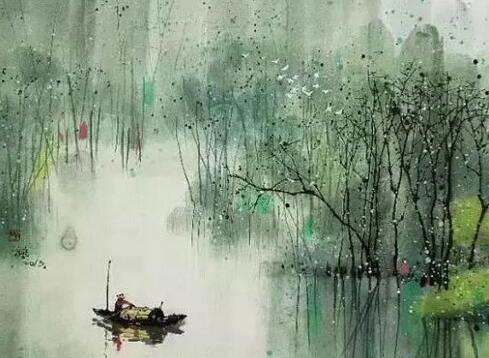
彭蠡湖天晚，桃花水气春。